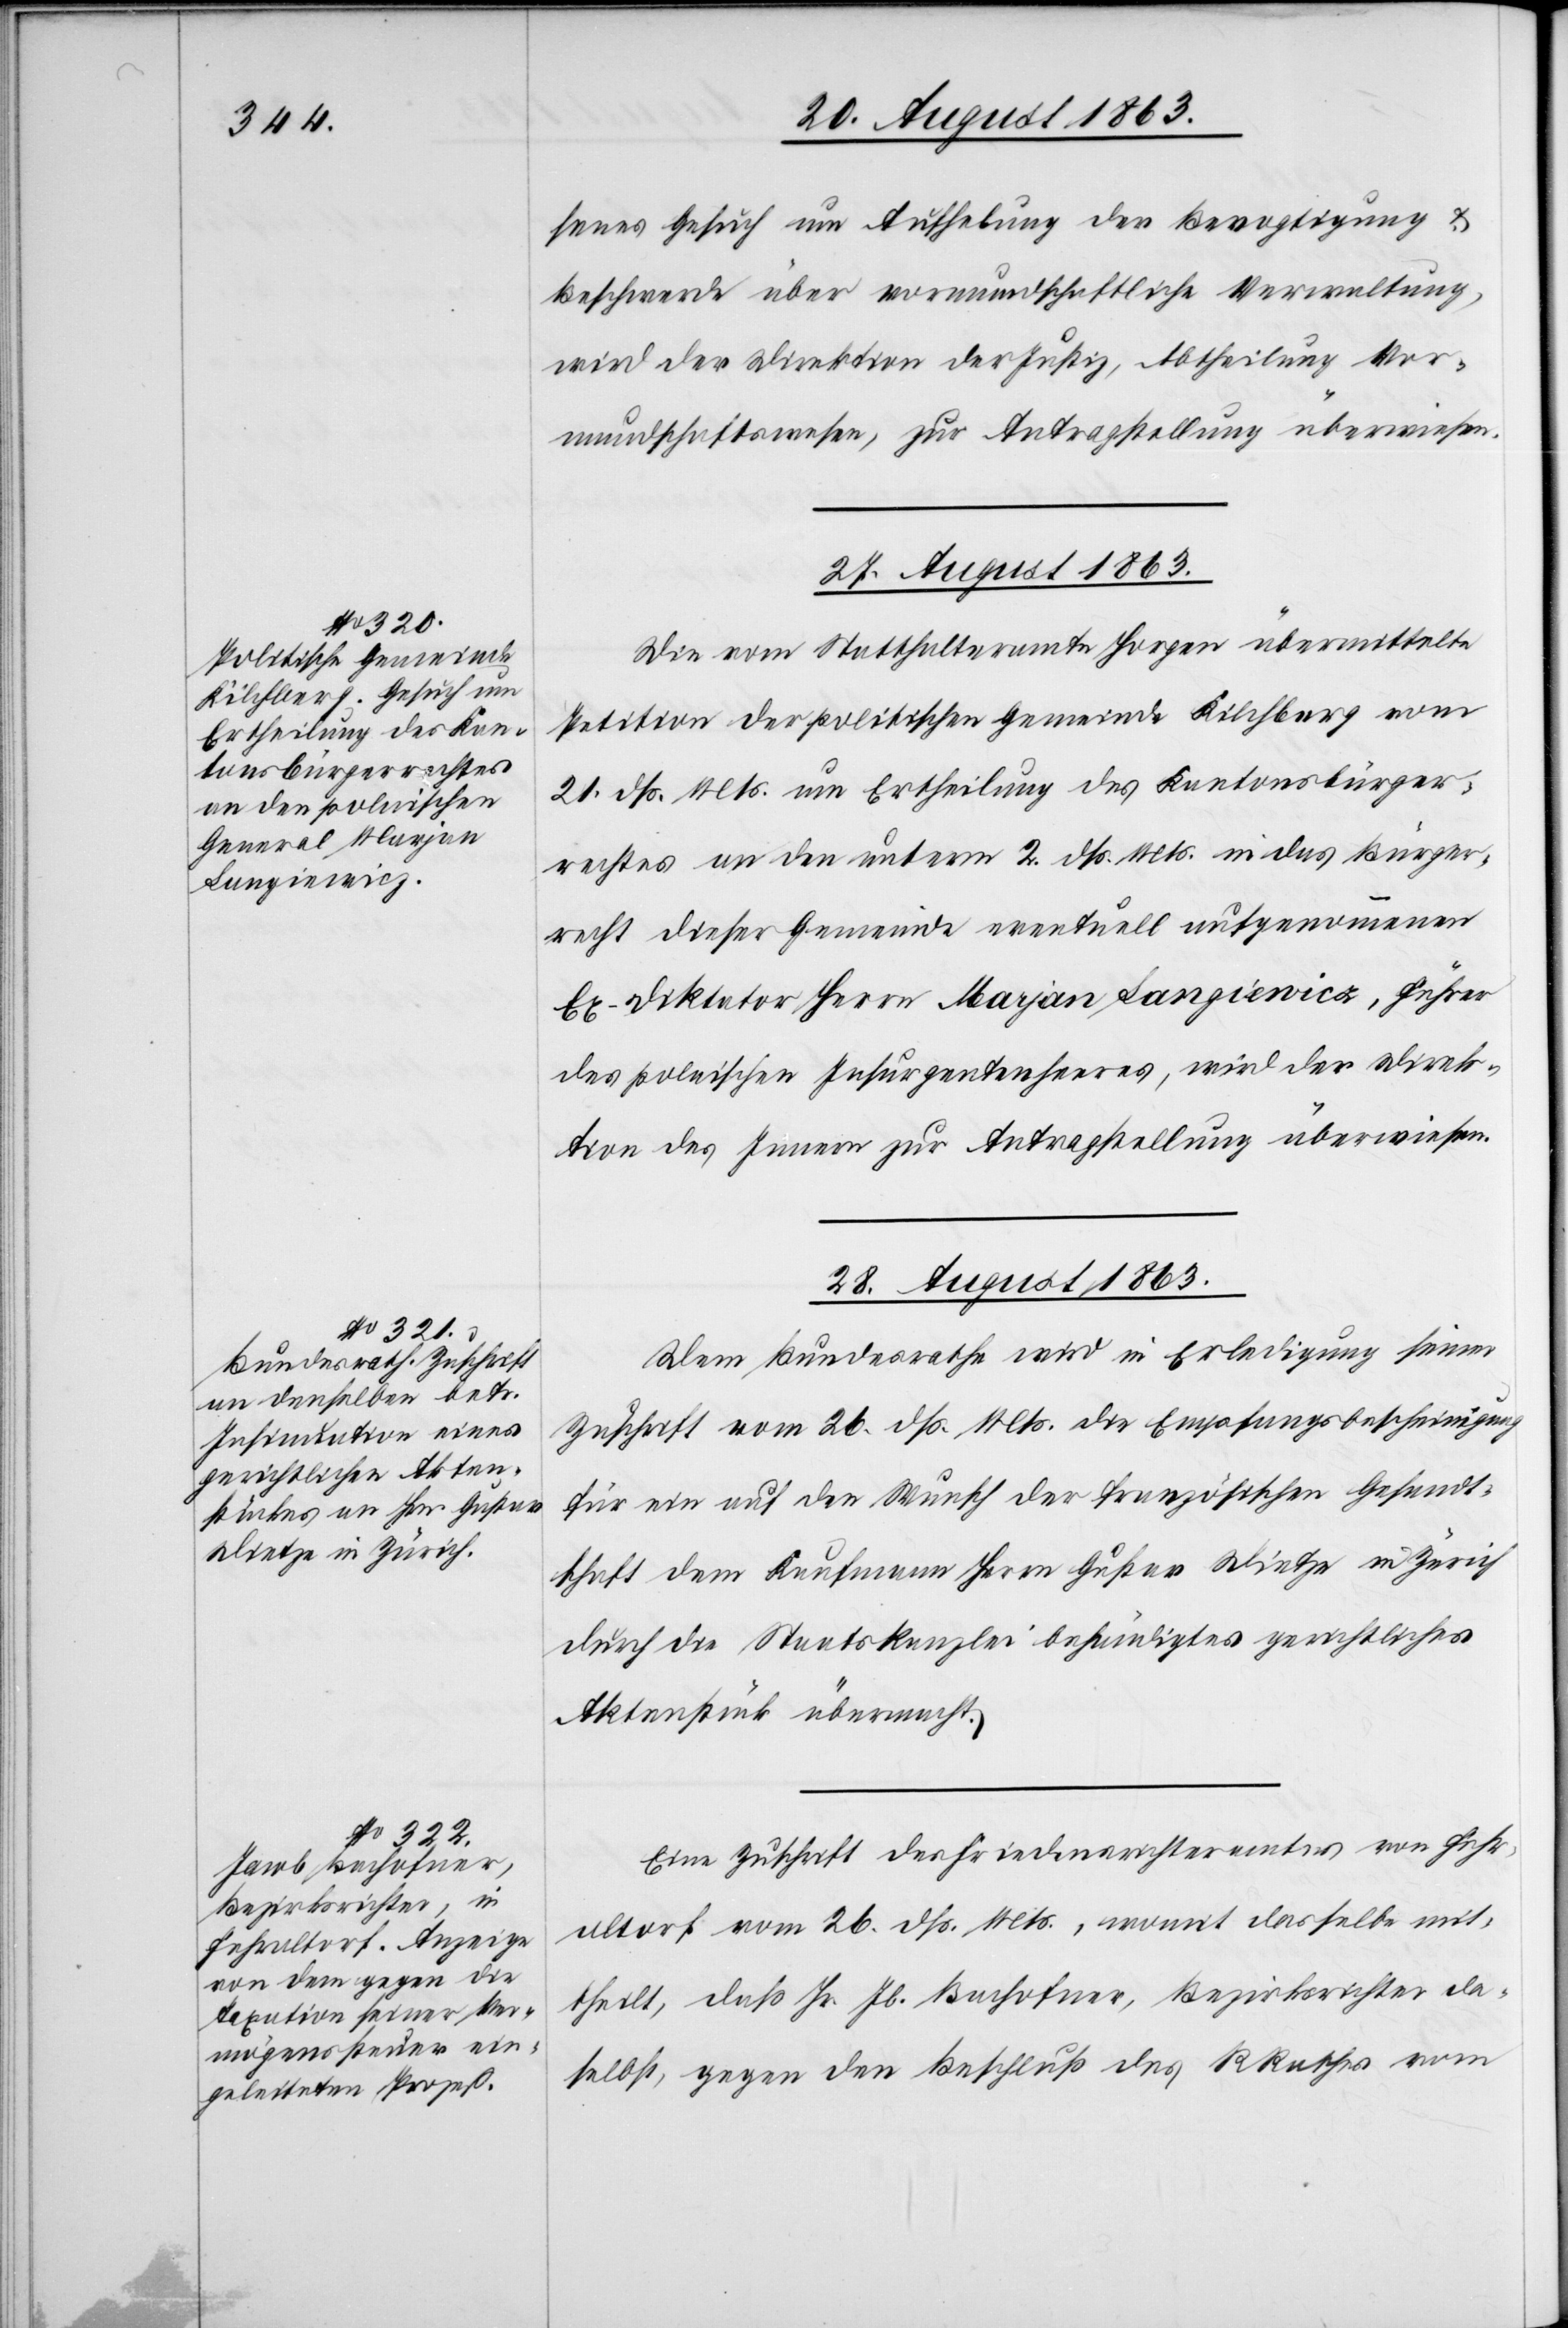
28. August 1863.]
senes Gesuch um Aufhebung der Bevogtigung &
Beschwerde über vormundschaftliche Verwaltung,
wird der Direktion der Justiz, Abtheilung Vor¬
mundschaftswesen, zur Antragstellung überwiesen.
27. August 1863.
Die vom Statthalteramte Horgen übermittelte
Petition der politischen Gemeinde Kilchberg vom
21. dß. Mts. um Ertheilung des Kantonsbürger¬
rechtes an den unterm 2. dß. Mts. in das Bürger¬
recht dieser Gemeinde eventuell aufgenommenen
Ex-Diktator Herrn Marjan Langiewicz, Führer
des polnischen Insurgentenheeres, wird der Direk¬
tion des Innern zur Antragstellung überwiesen.
28. August 1863.
Dem Bundesrathe wird in Erledigung seiner
Zuschrift vom 26. dß. Mts. die Empfangsbescheinigung
für ein auf den Wunsch der französischen Gesandt¬
schaft dem Kaufmann Herrn Gustav Dietze in Zürich
durch die Staatskanzlei behändigtes gerichtliches
Aktenstück übermacht.
Eine Zuschrift des Friedensrichteramtes von Fehr¬
altorf vom 26. dß. Mts., womit dasselbe mit¬
theilt, daß Hr. Jb. Bachofner, Bezirksrichter da¬
selbst, gegen den Beschluß des RRathes vom